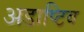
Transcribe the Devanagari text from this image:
अडाप्टिव